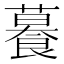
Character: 𦿉